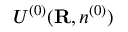
{ \cal U } ^ { ( 0 ) } ( { \bf R } , n ^ { ( 0 ) } )